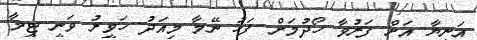
އަނިޔާ އަށް ފަރުވާ ހޯދުމަށް ފަހު ނޭމާ މިއަދު ހަވީރު ވަނީ ޓީމާ